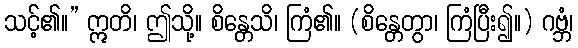
သင့်၏။” ဣတိ၊ ဤသို့။ စိန္တေသိ၊ ကြံ၏။ (စိန္တေတွာ၊ ကြံပြီး၍။) ဂဗ္ဘံ၊